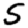
Digit: 5